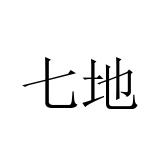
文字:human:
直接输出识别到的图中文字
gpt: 七地